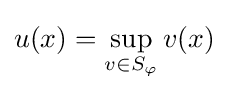
u(x)=\sup _{v\in S_{\varphi }}v(x)